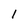
Character: l